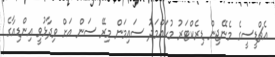
އެޗްޑީސީގެ މެނޭޖިން ޑިރެކްޓަރު މުހައްމަދު ސައިމަން މިރޭ ސަން އަށް ވިދާޅުވީ އިންޑިއާގެ